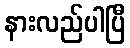
နားလည်ပါပြီ